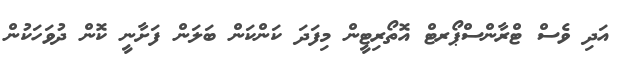
އަދި ވެސް ޓްރާންސްޕޯރޓް އޮތޯރިޓީން މިފަަދަ ކަންކަން ބަލަން ފަށާނީ ކޮން ދުވަހަކުން